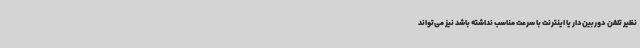
نظیر تلفن دوربین‌دار یا اینترنت با سرعت مناسب نداشته باشد نیز می‌تواند